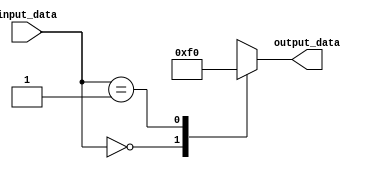
module behavior_block(
    input [3:0] input_data,
    output reg [3:0] output_data
);

always @(*) begin
    case(input_data)
        4'b0000: output_data = 4'b1111;
        4'b0001: output_data = 4'b0000;
        default: output_data = 4'bXXXX; // Default behavior for don't care case 
    endcase
end

endmodule